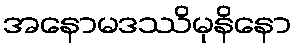
အနောမဒဿိမုနိနော